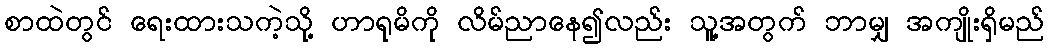
စာထဲတွင် ရေးထားသကဲ့သို့ ဟာရုမိကို လိမ်ညာနေ၍လည်း သူ့အတွက် ဘာမျှ အကျိုးရှိမည်